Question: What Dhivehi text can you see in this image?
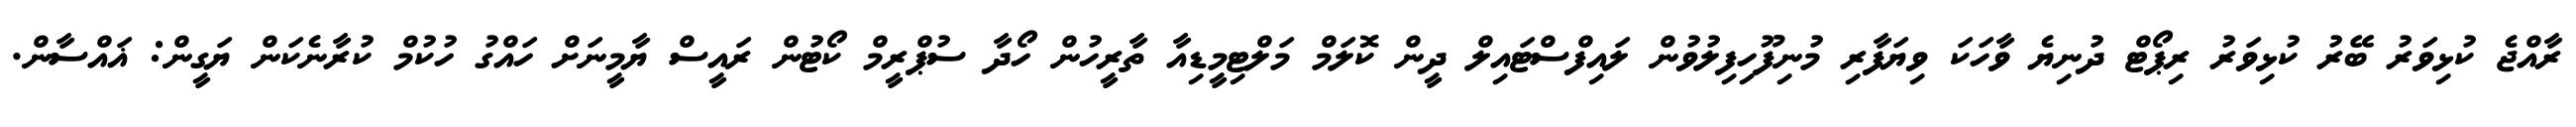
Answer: ރާއްޖެ ކުޅިވަރު ބޭރު ކުޅިވަރު ރިޕޯޓް ދުނިޔެ ވާހަކަ ވިޔަފާރި މުނިފޫހިފިލުވުން ލައިފްސްޓައިލް ދީން ކޮލަމް މަލްޓިމީޑިއާ ތާރީހުން ހޯދާ ސުޕްރީމް ކޯޓުން ރައީސް ޔާމީނަށް ހައްގު ހުކުމް ކުރާނެކަން ޔަގީން: ޣައްސާން.